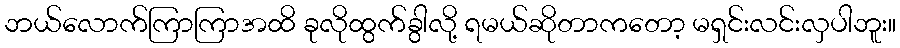
ဘယ်လောက်ကြာကြာအထိ ခုလိုထွက်ခွါလို့ ရမယ်ဆိုတာကတော့ မရှင်းလင်းလှပါဘူး။